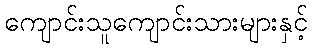
ကျောင်းသူကျောင်းသားများနှင့်